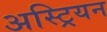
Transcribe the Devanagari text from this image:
अस्ट्रियन